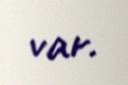
var.